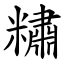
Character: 䊥